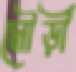
মৌড়ী